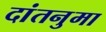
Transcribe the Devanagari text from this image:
दांतनुमा